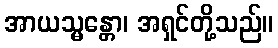
အာယသ္မန္တော၊ အရှင်တို့သည်။